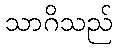
သာဂိသည်